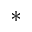
^ { * }